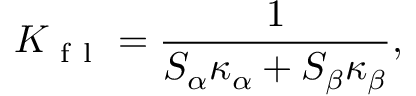
K _ { \mathrm { ~ f ~ l ~ } } = \frac { 1 } { S _ { \alpha } \kappa _ { \alpha } + S _ { \beta } \kappa _ { \beta } } ,